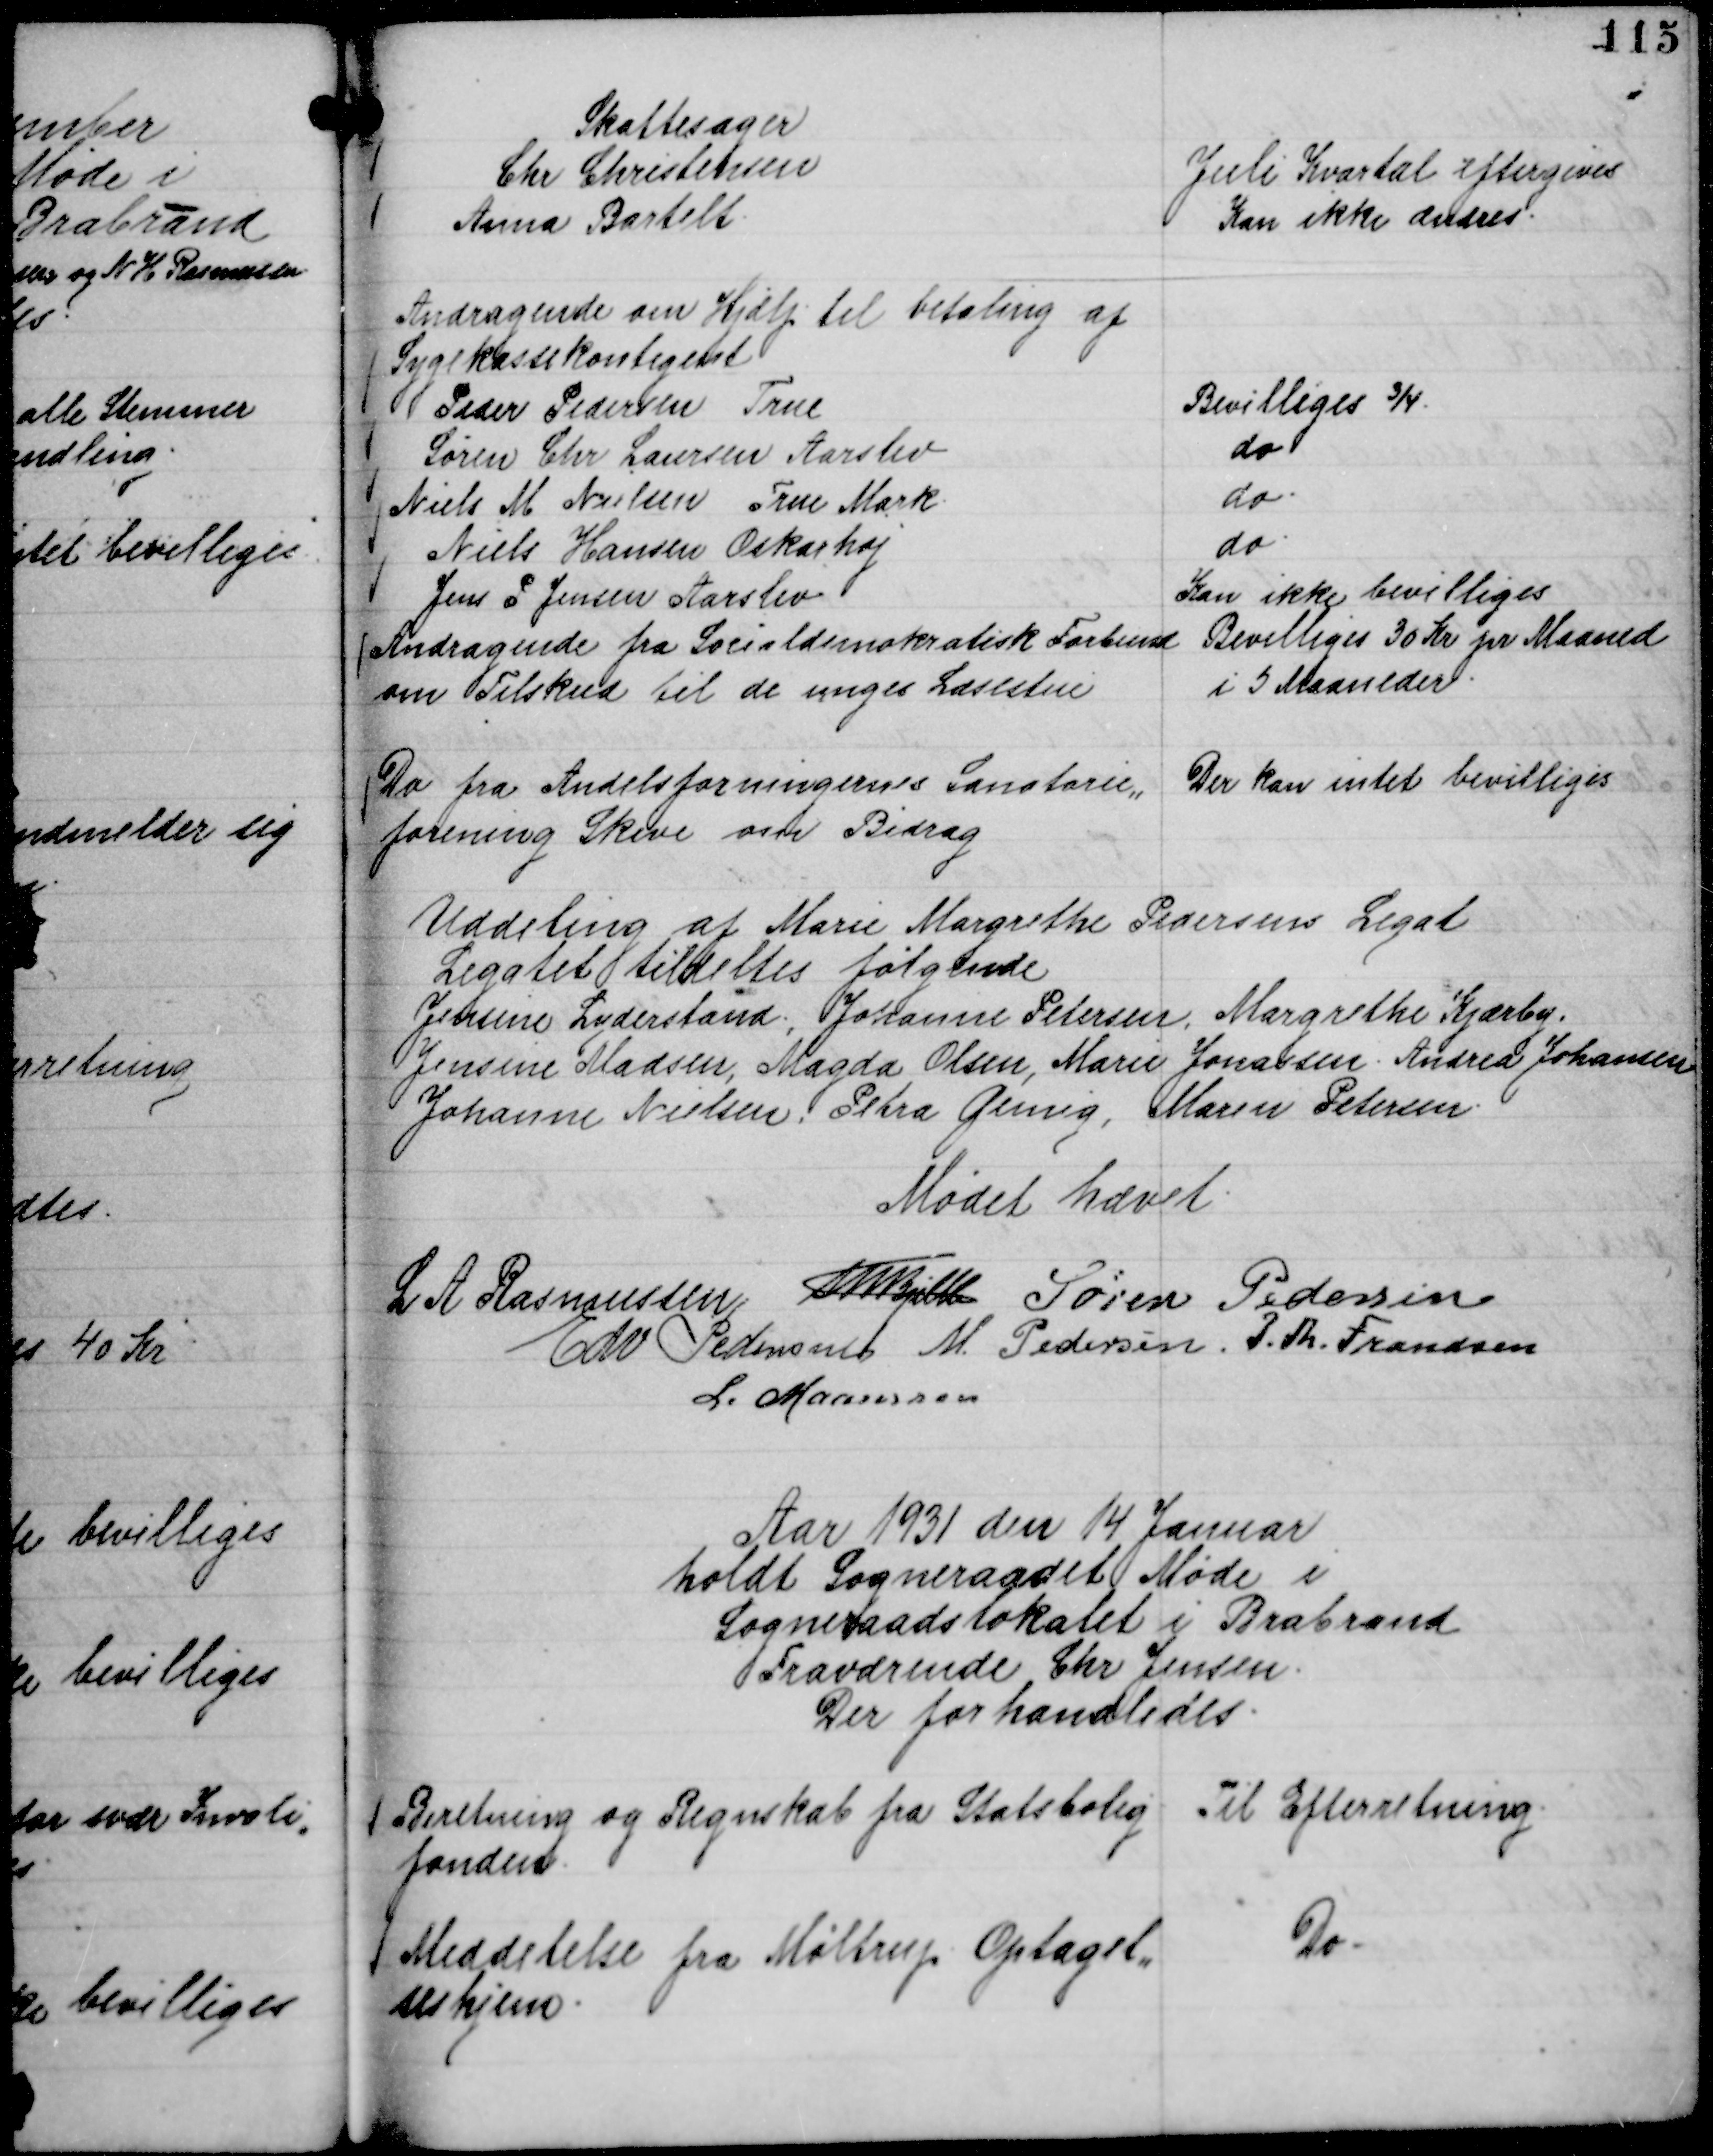
Transskription:
Skattesager
Chr Christensen
Juli Kvartal eftergives
Anna Bartelt.
Kan ikke ændres.

Andragende om Hjælp til betaling af
Sygekassekontigent
Peder Pedersen True
Bevilliges ¾.
Søren Chr Laursen Aarslev
do
Niels M Nielsen True Mark.
do.
Niels Hansen Oskarhøj
do.
Jens P Jensen Aarslev
Kan ikke bevilliges

Andragende fra Socialdemokratisk Forbund
om Tilskud til de unges Læsestue

Bevilliges 30 Kr pr Maaned
i 5 Maaneder.

Do fra Andelsforeningernes Sanatorie,,
forening Skive om Bidrag

Der kan intet bevilliges

Uddeling af Marie Margrethe Pedersens Legat
Legatet tildeltes følgende
Jensine Lyderstand, Johanne Petersen, Margrethe Kjærby,
Jensine Madsen, Magda Olsen, Marie Jonassen. Andrea Johansen.
Johanne Nielsen, Petra Gensig, Maren Petersen.

Mødet hævet.
L A Rasmussen
Th Bjelke
Søren Pedersen
Edv Pedersen
M. Pedersen.
P. Th. Frandsen
L. Maansson

Aar 1931 den 14 Januar
holdt Sogneraadet Møde i
Sogneraadslokalet i Brabrand
Fraværende Chr Jensen.
Der forhandledes.

Beretning og Regnskab fra Statsbolig
fonden.

Til Efterretning.

Meddelelse fra Møltrup Optagel,,
seshjem.

Do.